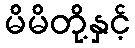
မိမိတို့နှင့်